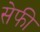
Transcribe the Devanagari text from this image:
सेफी